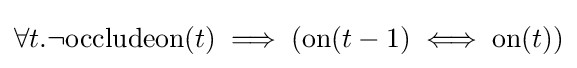
\forall t.\neg \mathrm {occludeon} (t)\implies (\mathrm {on} (t-1)\iff \mathrm {on} (t))